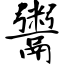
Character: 鬻